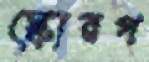
স্কোরগ